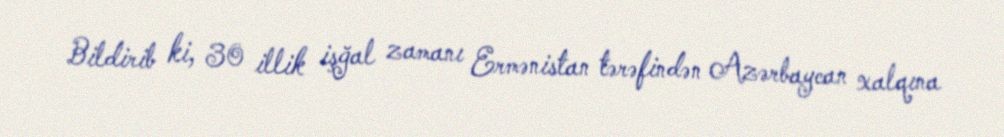
Bildirib ki, 30 illik işğal zamanı Ermənistan tərəfindən Azərbaycan xalqına